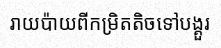
រាយប៉ាយពីកម្រិតតិចទៅបង្គួរ